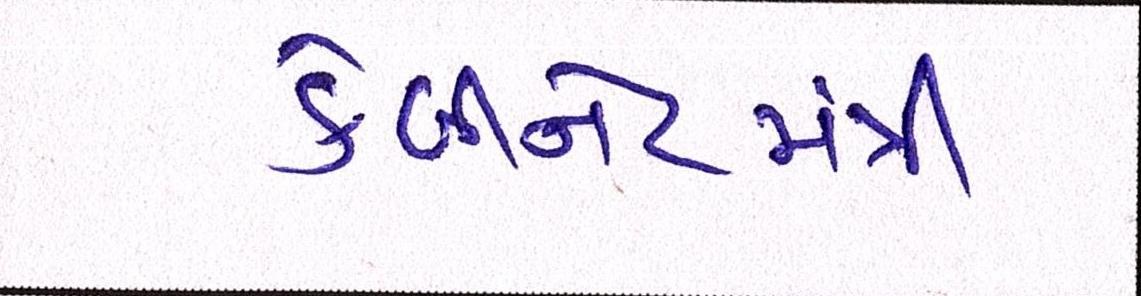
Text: કેબીનેટમંત્રી